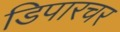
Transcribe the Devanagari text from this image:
डिपारचर